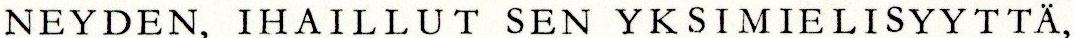
NEYDEN, IHAILLUT SEN YKSIMIELISYYTTÄ,